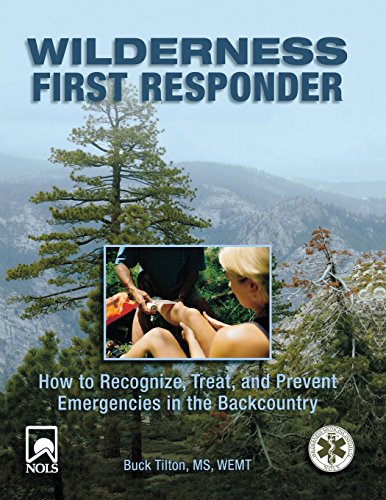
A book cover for Wilderness First Responder: How To Recognize, Treat, And Prevent Emergencies In The Backcountry; Buck Tilton; Health, Fitness & Dieting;